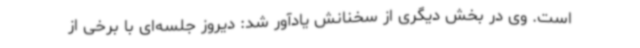
است. وی در بخش دیگری از سخنانش یادآور شد: دیروز جلسه‌ای با برخی از